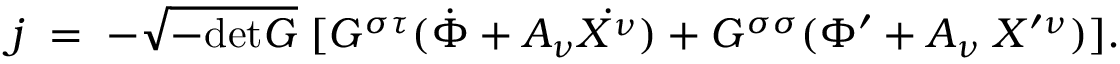
j \; = \; - \sqrt { - \mathrm { d e t } G } \; [ G ^ { \sigma \tau } ( \dot { \Phi } + A _ { \nu } \dot { X ^ { \nu } } ) + G ^ { \sigma \sigma } ( \Phi ^ { \prime } + A _ { \nu } \; X ^ { \prime \nu } ) ] .